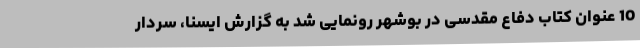
10 عنوان کتاب دفاع مقدسی در بوشهر رونمایی شد به گزارش ایسنا، سردار